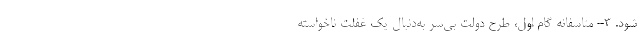
شود. ۳- متاسفانه گام اول‌، طرح دولت بی‌سر به‌دنبال یک غفلت ناخواسته